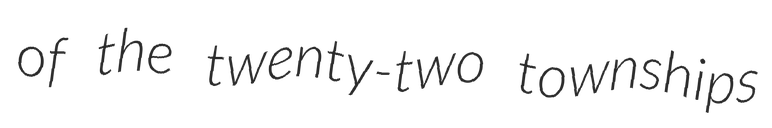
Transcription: of the twenty-two townships